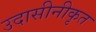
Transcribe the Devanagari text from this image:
उदासीनीकृत